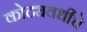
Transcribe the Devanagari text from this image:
कोट्यवधींचे